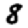
Digit: 8